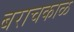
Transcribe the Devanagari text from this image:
बराचकाळ